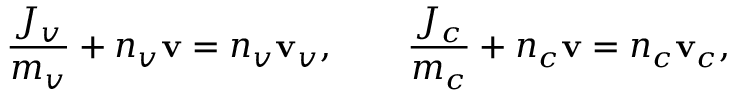
\frac { J _ { v } } { m _ { v } } + n _ { v } \mathbf { v } = n _ { v } \mathbf { v } _ { v } , \qquad \frac { J _ { c } } { m _ { c } } + n _ { c } \mathbf { v } = n _ { c } \mathbf { v } _ { c } ,